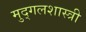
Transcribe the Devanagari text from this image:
मुद्गलशास्त्री